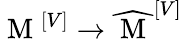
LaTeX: \mathrm{~M~}^{\left[V\right]}\rightarrow\widehat{\mathrm{~M~}}^{\left[V\right]}